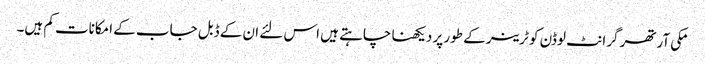
مکی آرتھر گرانٹ لوڈن کو ٹرینر کے طور پر دیکھنا چاہتے ہیں اس لئے ان کے ڈبل جاب کے امکانات کم ہیں۔